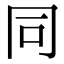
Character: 同